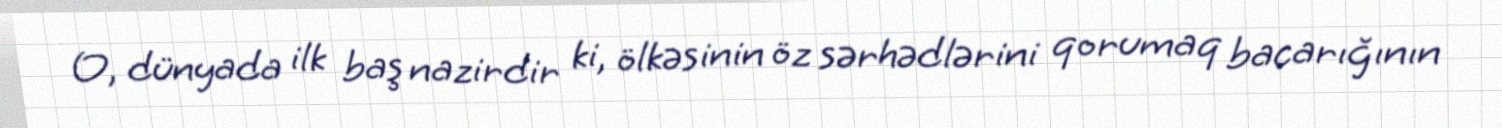
O, dünyada ilk baş nazirdir ki, ölkəsinin öz sərhədlərini qorumaq bacarığının